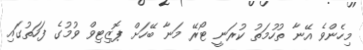
މިހެންވެ އޭނާ ތުހުމަތު ކުރަނީ ޓޯރޭ މަނާ ބޭހަށް ޕޮޒިޓިވް ވުމުގެ ފަހަތުގައި